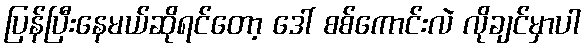
ပြန်ပြီးနေမယ်ဆိုရင်တော့ ဒေါ် စစ်ကောင်းလဲ လိုချင်မှာပါ